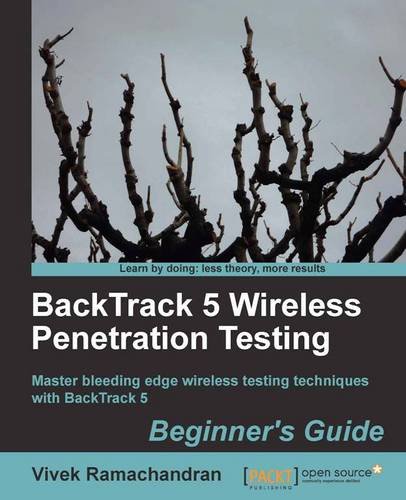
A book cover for BackTrack 5 Wireless Penetration Testing Beginner's Guide; Vivek Ramachandran; Computers & Technology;